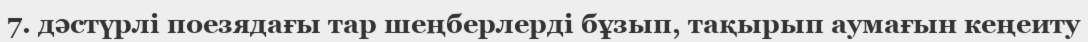
7. дәстүрлі поезядағы тар шеңберлерді бұзып, тақырып аумағын кеңеиту